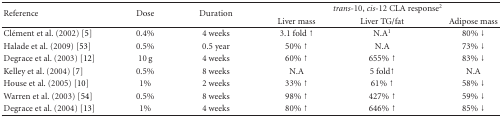
| <ROWSPAN=2> Reference | <ROWSPAN=2> Dose | <ROWSPAN=2> Duration | <COLSPAN=3> trans-10, cis-12 CLA response2 |
 | Liver mass | Liver TG/fat | Adipose mass |
 | --- | --- | --- | --- | --- | --- |
 | Clément et al. (2002) [5] | 0.4% | 4 weeks | 3.1 fold ↑ | N.A1 | 80% ↓ |
 | Halade et al. (2009) [53] | 0.5% | 0.5 year | 50% ↑ | N.A | 73% ↓ |
 | Degrace et al. (2003) [12] | 10 g | 4 weeks | 60% ↑ | 655% ↑ | 83% ↓ |
 | Kelley et al. (2004) [7] | 0.5% | 8 weeks | N.A | 5 fold↑ | N.A |
 | House et al. (2005) [10] | 1% | 2 weeks | 33% ↑ | 61% ↑ | 58% ↓ |
 | Warren et al. (2003) [54] | 0.5% | 8 weeks | 98% ↑ | 427% ↑ | 59% ↓ |
 | Degrace et al. (2004) [13] | 1% | 4 weeks | 80% ↑ | 646% ↑ | 85% ↓ |